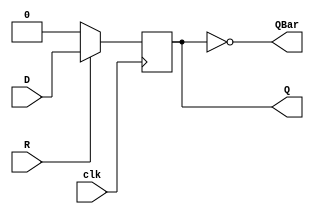
//DFF w/ low reset

module dff_lowReset(
	input      D, clk, R,
	output reg Q,
	output     QBar
	);
	
	always @(posedge clk)
	begin
		if (R == 1'b0)
			Q<=1'b0;
		else
			Q<=D;
	end
	
	assign QBar = ~Q;
	
endmodule